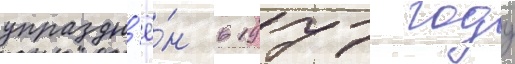
упраздн'ё́н в 1977 году